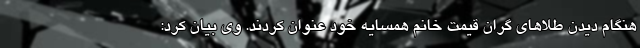
هنگام دیدن طلاهای گران قیمت خانم همسایه خود عنوان کردند. وی بیان کرد: